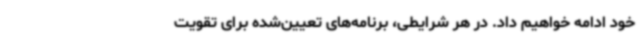
خود ادامه خواهیم داد. در هر شرایطی، برنامه‌های تعیین‌شده برای تقویت